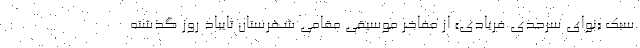
سبک «نوای سرحدی فریادی» از مفاخر موسیقی مقامی شهرستان تایباد روز گذشته